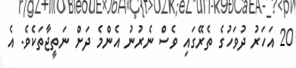
20 އަހަރު ދުވަހުގެ ތެރޭގައި ވެސް ނެރުނު އެންމެ ދަށް ނަތީޖާތަކެވެ. އެ